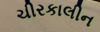
ચીરકાલીન